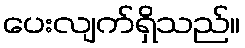
ပေးလျက်ရှိသည်။